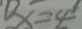
D x = 4